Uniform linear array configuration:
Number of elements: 32
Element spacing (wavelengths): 1
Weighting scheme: binomial
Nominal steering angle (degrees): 30
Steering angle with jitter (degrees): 31.814
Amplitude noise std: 0.05
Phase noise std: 0.05

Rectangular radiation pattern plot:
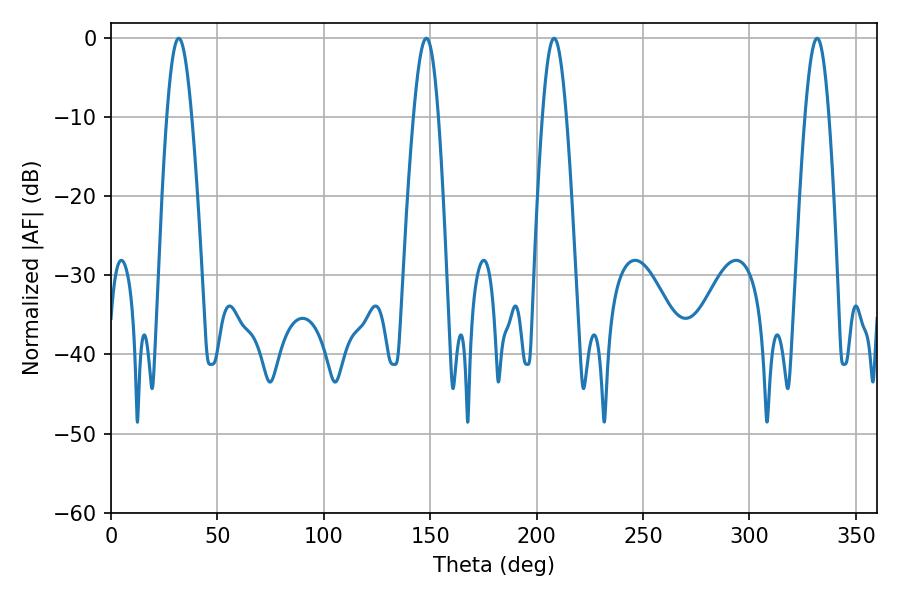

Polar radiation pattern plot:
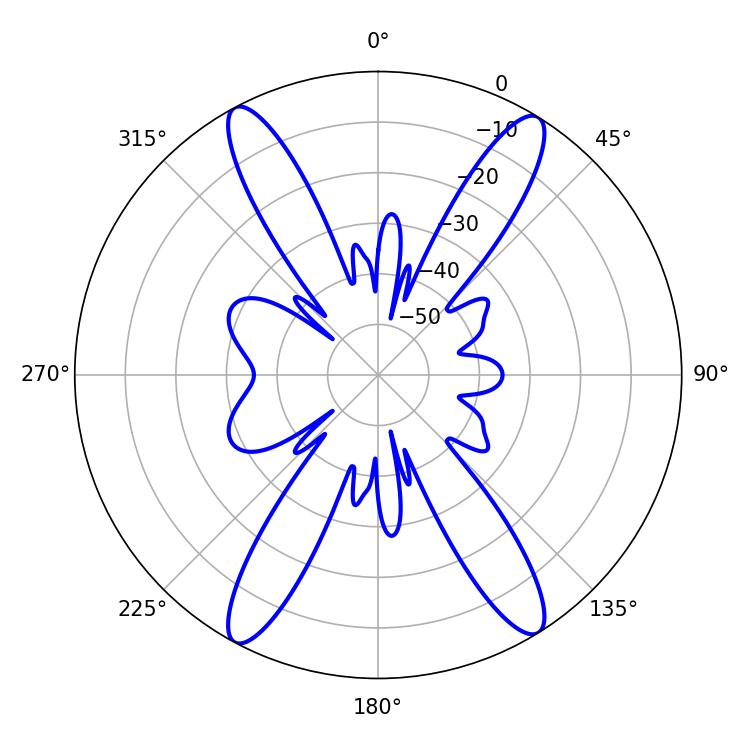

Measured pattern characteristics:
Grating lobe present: TRUE
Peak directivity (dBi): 20.747
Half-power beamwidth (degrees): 6.3
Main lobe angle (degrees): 31.86